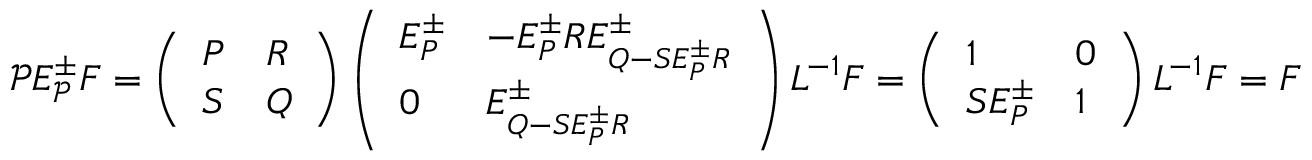
\mathcal { P } E _ { \mathcal { P } } ^ { \pm } F = \left( \begin{array} { l l } { P } & { R } \\ { S } & { Q } \end{array} \right) \left( \begin{array} { l l } { E _ { P } ^ { \pm } } & { - E _ { P } ^ { \pm } R E _ { Q - S E _ { P } ^ { \pm } R } ^ { \pm } } \\ { 0 } & { E _ { Q - S E _ { P } ^ { \pm } R } ^ { \pm } } \end{array} \right) L ^ { - 1 } F = \left( \begin{array} { l l } { 1 } & { 0 } \\ { S E _ { P } ^ { \pm } } & { 1 } \end{array} \right) L ^ { - 1 } F = F